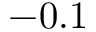
- 0 . 1